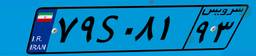
۴۴S۱۴۹۶۳